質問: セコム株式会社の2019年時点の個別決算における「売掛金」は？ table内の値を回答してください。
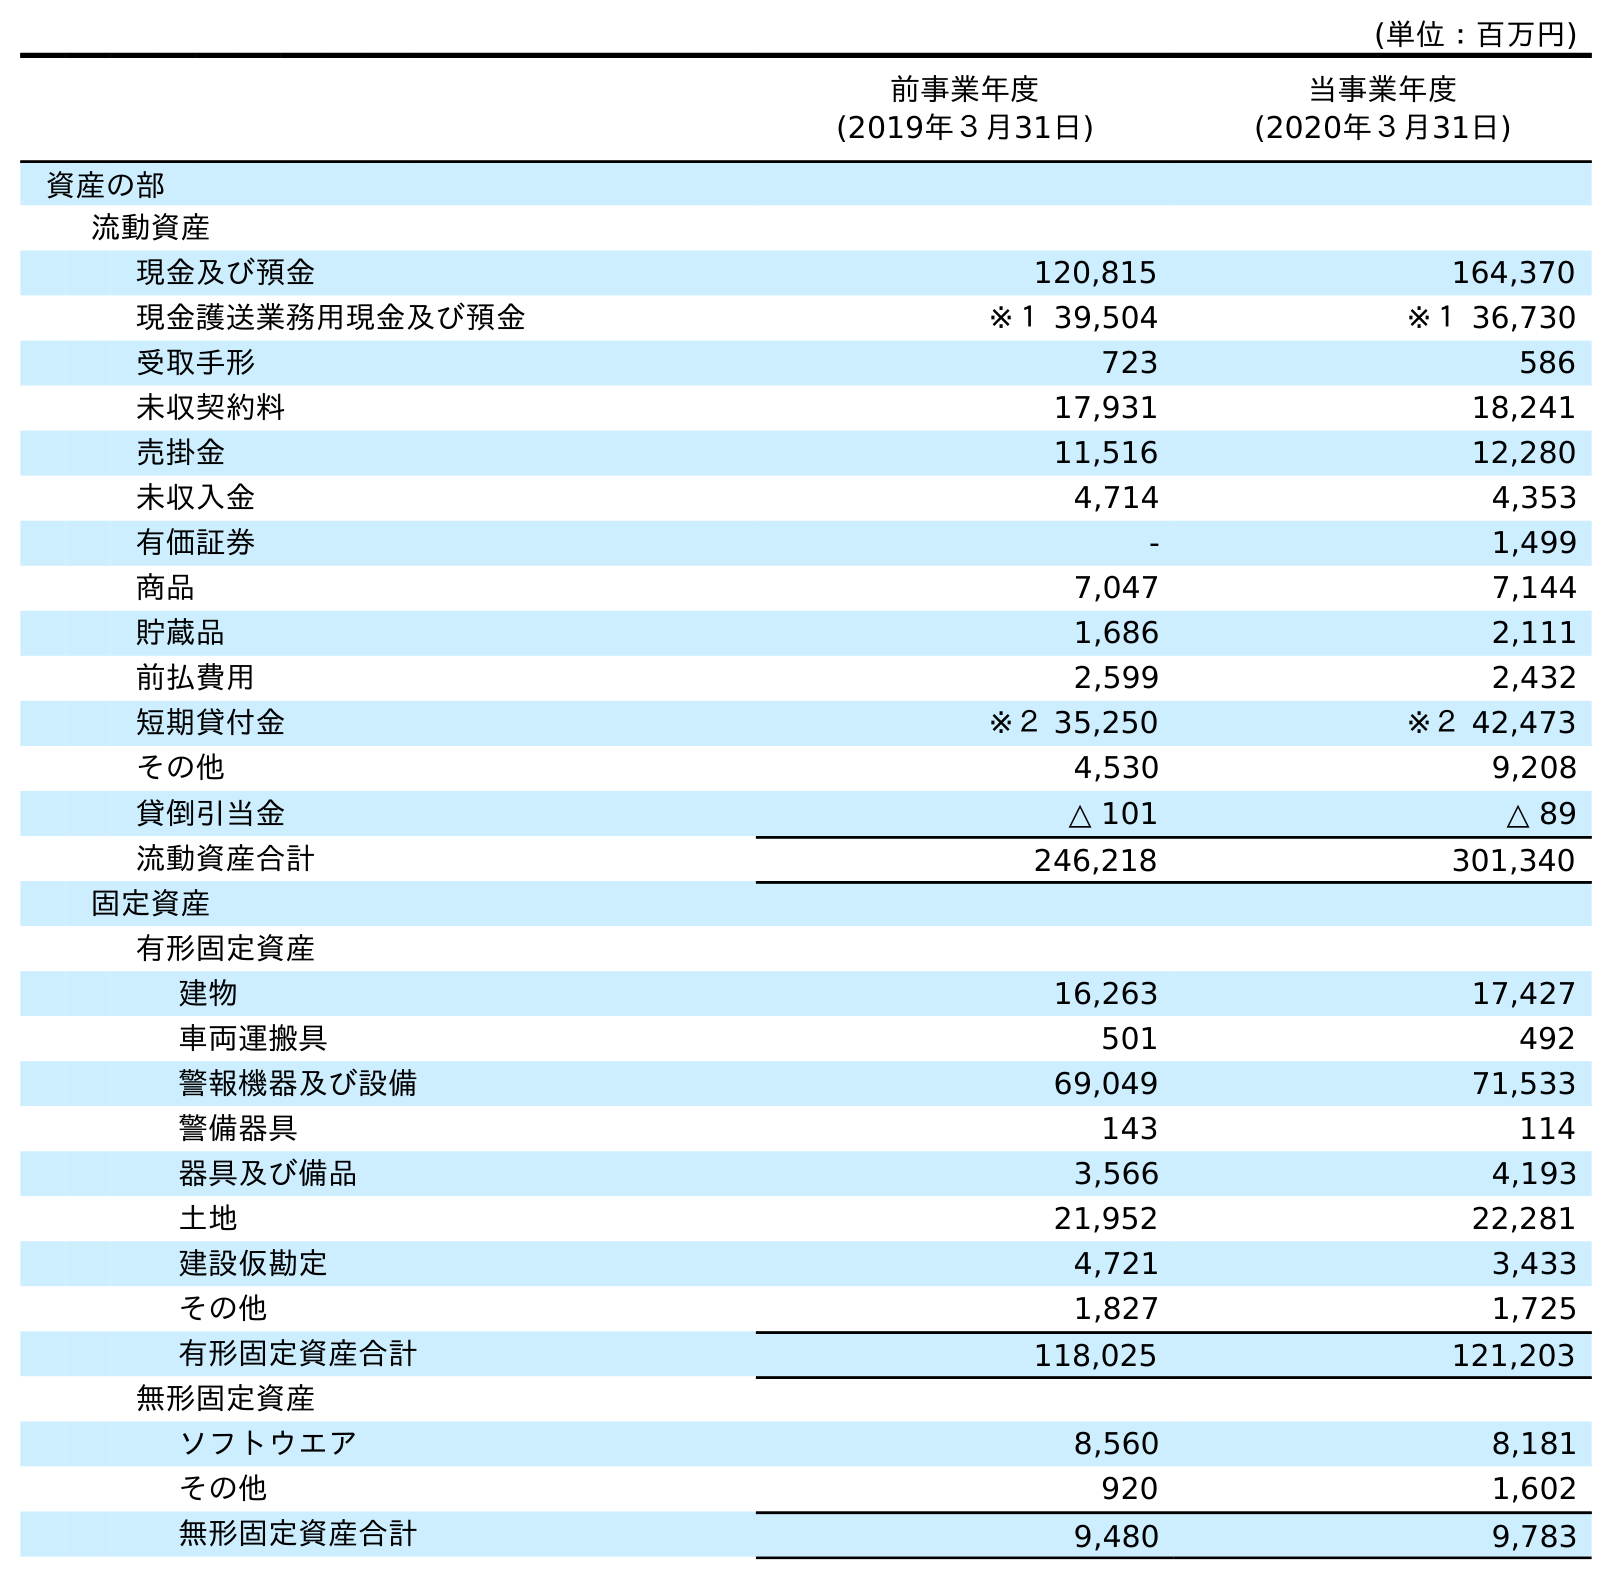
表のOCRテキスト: (単位：百万円) 前事業年度 (2019年３月31日) 当事業年度 (2020年３月31日) 資産の部 流動資産 現金及び預金 120,815 164,370 現金護送業務用現金及び預金 ※１ 39,504 ※１ 36,730 受取手形 723 586 未収契約料 17,931 18,241 売掛金 11,516 12,280 未収入金 4,714 4,353 有価証券 - 1,499 商品 7,047 7,144 貯蔵品 1,686 2,111 前払費用 2,599 2,432 短期貸付金 ※２ 35,250 ※２ 42,473 その他 4,530 9,208 貸倒引当金 △ 101 △ 89 流動資産合計 246,218 301,340 固定資産 有形固定資産 建物 16,263 17,427 車両運搬具 501 492 警報機器及び設備 69,049 71,533 警備器具 143 114 器具及び備品 3,566 4,193 土地 21,952 22,281 建設仮勘定 4,721 3,433 その他 1,827 1,725 有形固定資産合計 118,025 121,203 無形固定資産 ソフトウエア 8,560 8,181 その他 920 1,602 無形固定資産合計 9,480 9,783
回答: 11,516